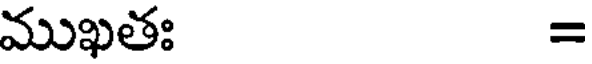
ముఖతః =